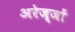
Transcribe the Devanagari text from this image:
अरेज्जों